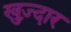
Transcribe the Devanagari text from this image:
खुज़्दार